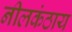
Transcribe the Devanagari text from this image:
नीलकंठाय